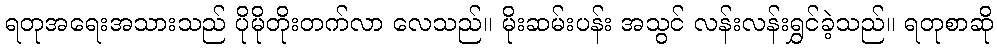
ရတုအရေးအသားသည် ပိုမိုတိုးတက်လာ လေသည်။ မိုးဆမ်းပန်း အသွင် လန်းလန်းရွှင်ခဲ့သည်။ ရတုစာဆို